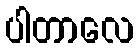
ပါတာလေ